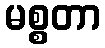
မစ္စတာ